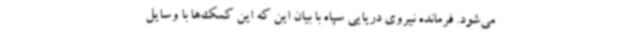
می‌شود. فرمانده نیروی دریایی سپاه با بیان این که این کمک‌ها با وسایل